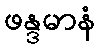
ဖန္ဒမာနံ